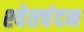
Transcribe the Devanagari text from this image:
श्‍वेतचंदन